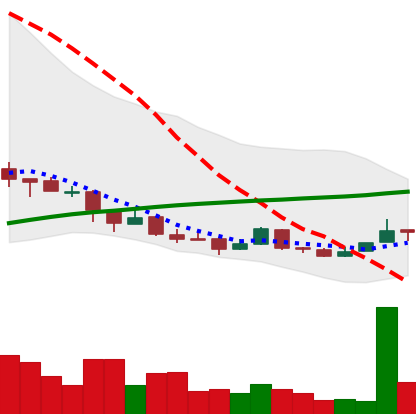
Ticker: NEO-USD
Chart end date: 2018-04-10
Forward return: 33.653%
Label: up_7plus